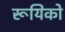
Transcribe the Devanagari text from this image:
रूयिको